Veterinary regulations India, 1939 -
Year: 1939
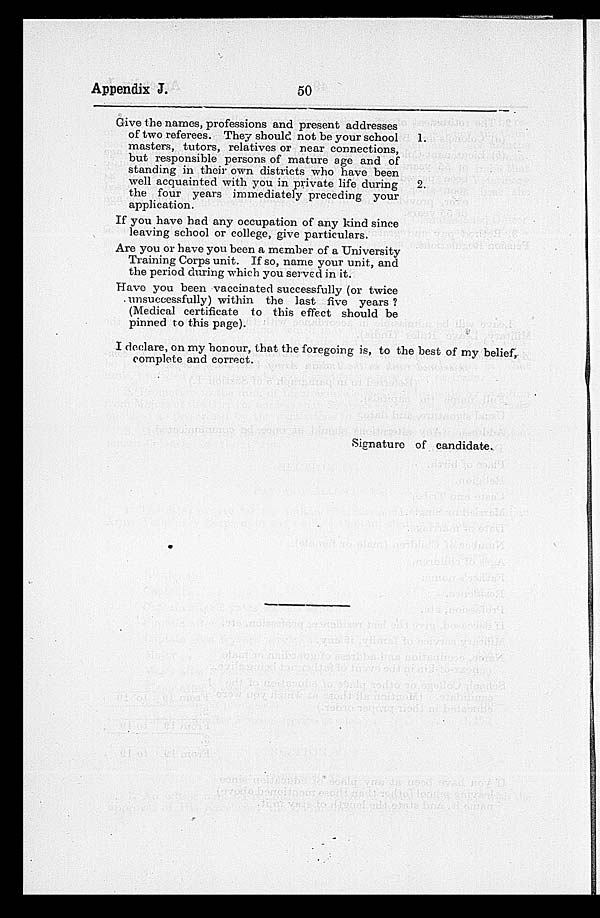
Appendix J.
50
Give the names, professions and present addresses
of two referees. They should not be your school
1.
masters, tutors, relatives or near connections,
but responsible persons of mature age and of
standing in their own districts who have been
well acquainted with you in private life during
2.
the four years immediately preceding your
application.
If you have had any occupation of any kind since
leaving school or college, give particulars.
Are you or have you been a member of a University
Training Corps unit. If so, name your unit, and
the period during which you served in it.
Have you been vaccinated successfully (or twice
unsuccessfully) within the last five years ?
(Medical certificate to this effect should be
pinned to this page).
I declare, on my honour, that the foregoing is, to the best of my belief,
complete and correct.
Signature of candidate.